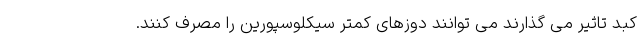
کبد تاثیر می گذارند می توانند دوزهای کمتر سیکلوسپورین را مصرف کنند.